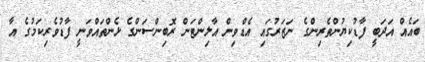
ބައެއް އަދަބީ ފާޑުކިޔުންތެރިންގެ ނަޒަރުގައި އެޑްވިން އާލިންޓަން ރޮބިންސަންގެ ޅެންތައްވަނީ ފާޑުވެރިކަމުގެ އާ